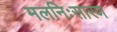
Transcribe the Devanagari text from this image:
मलनिःसारण